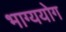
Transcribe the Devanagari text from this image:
भाग्ययोग